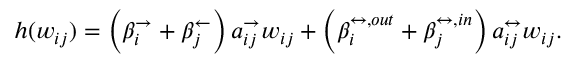
h ( w _ { i j } ) = \left( \beta _ { i } ^ { \rightarrow } + \beta _ { j } ^ { \leftarrow } \right) a _ { i j } ^ { \rightarrow } w _ { i j } + \left( \beta _ { i } ^ { \leftrightarrow , o u t } + \beta _ { j } ^ { \leftrightarrow , i n } \right) a _ { i j } ^ { \leftrightarrow } w _ { i j } .